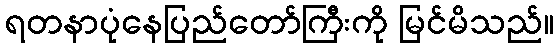
ရတနာပုံနေပြည်တော်ကြီးကို မြင်မိသည်။